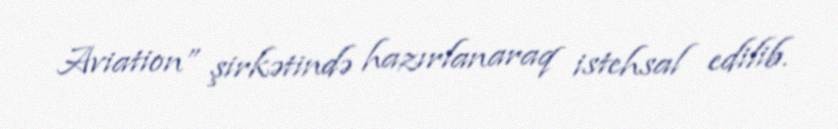
Aviation” şirkətində hazırlanaraq istehsal edilib.